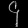
Digit: ၄